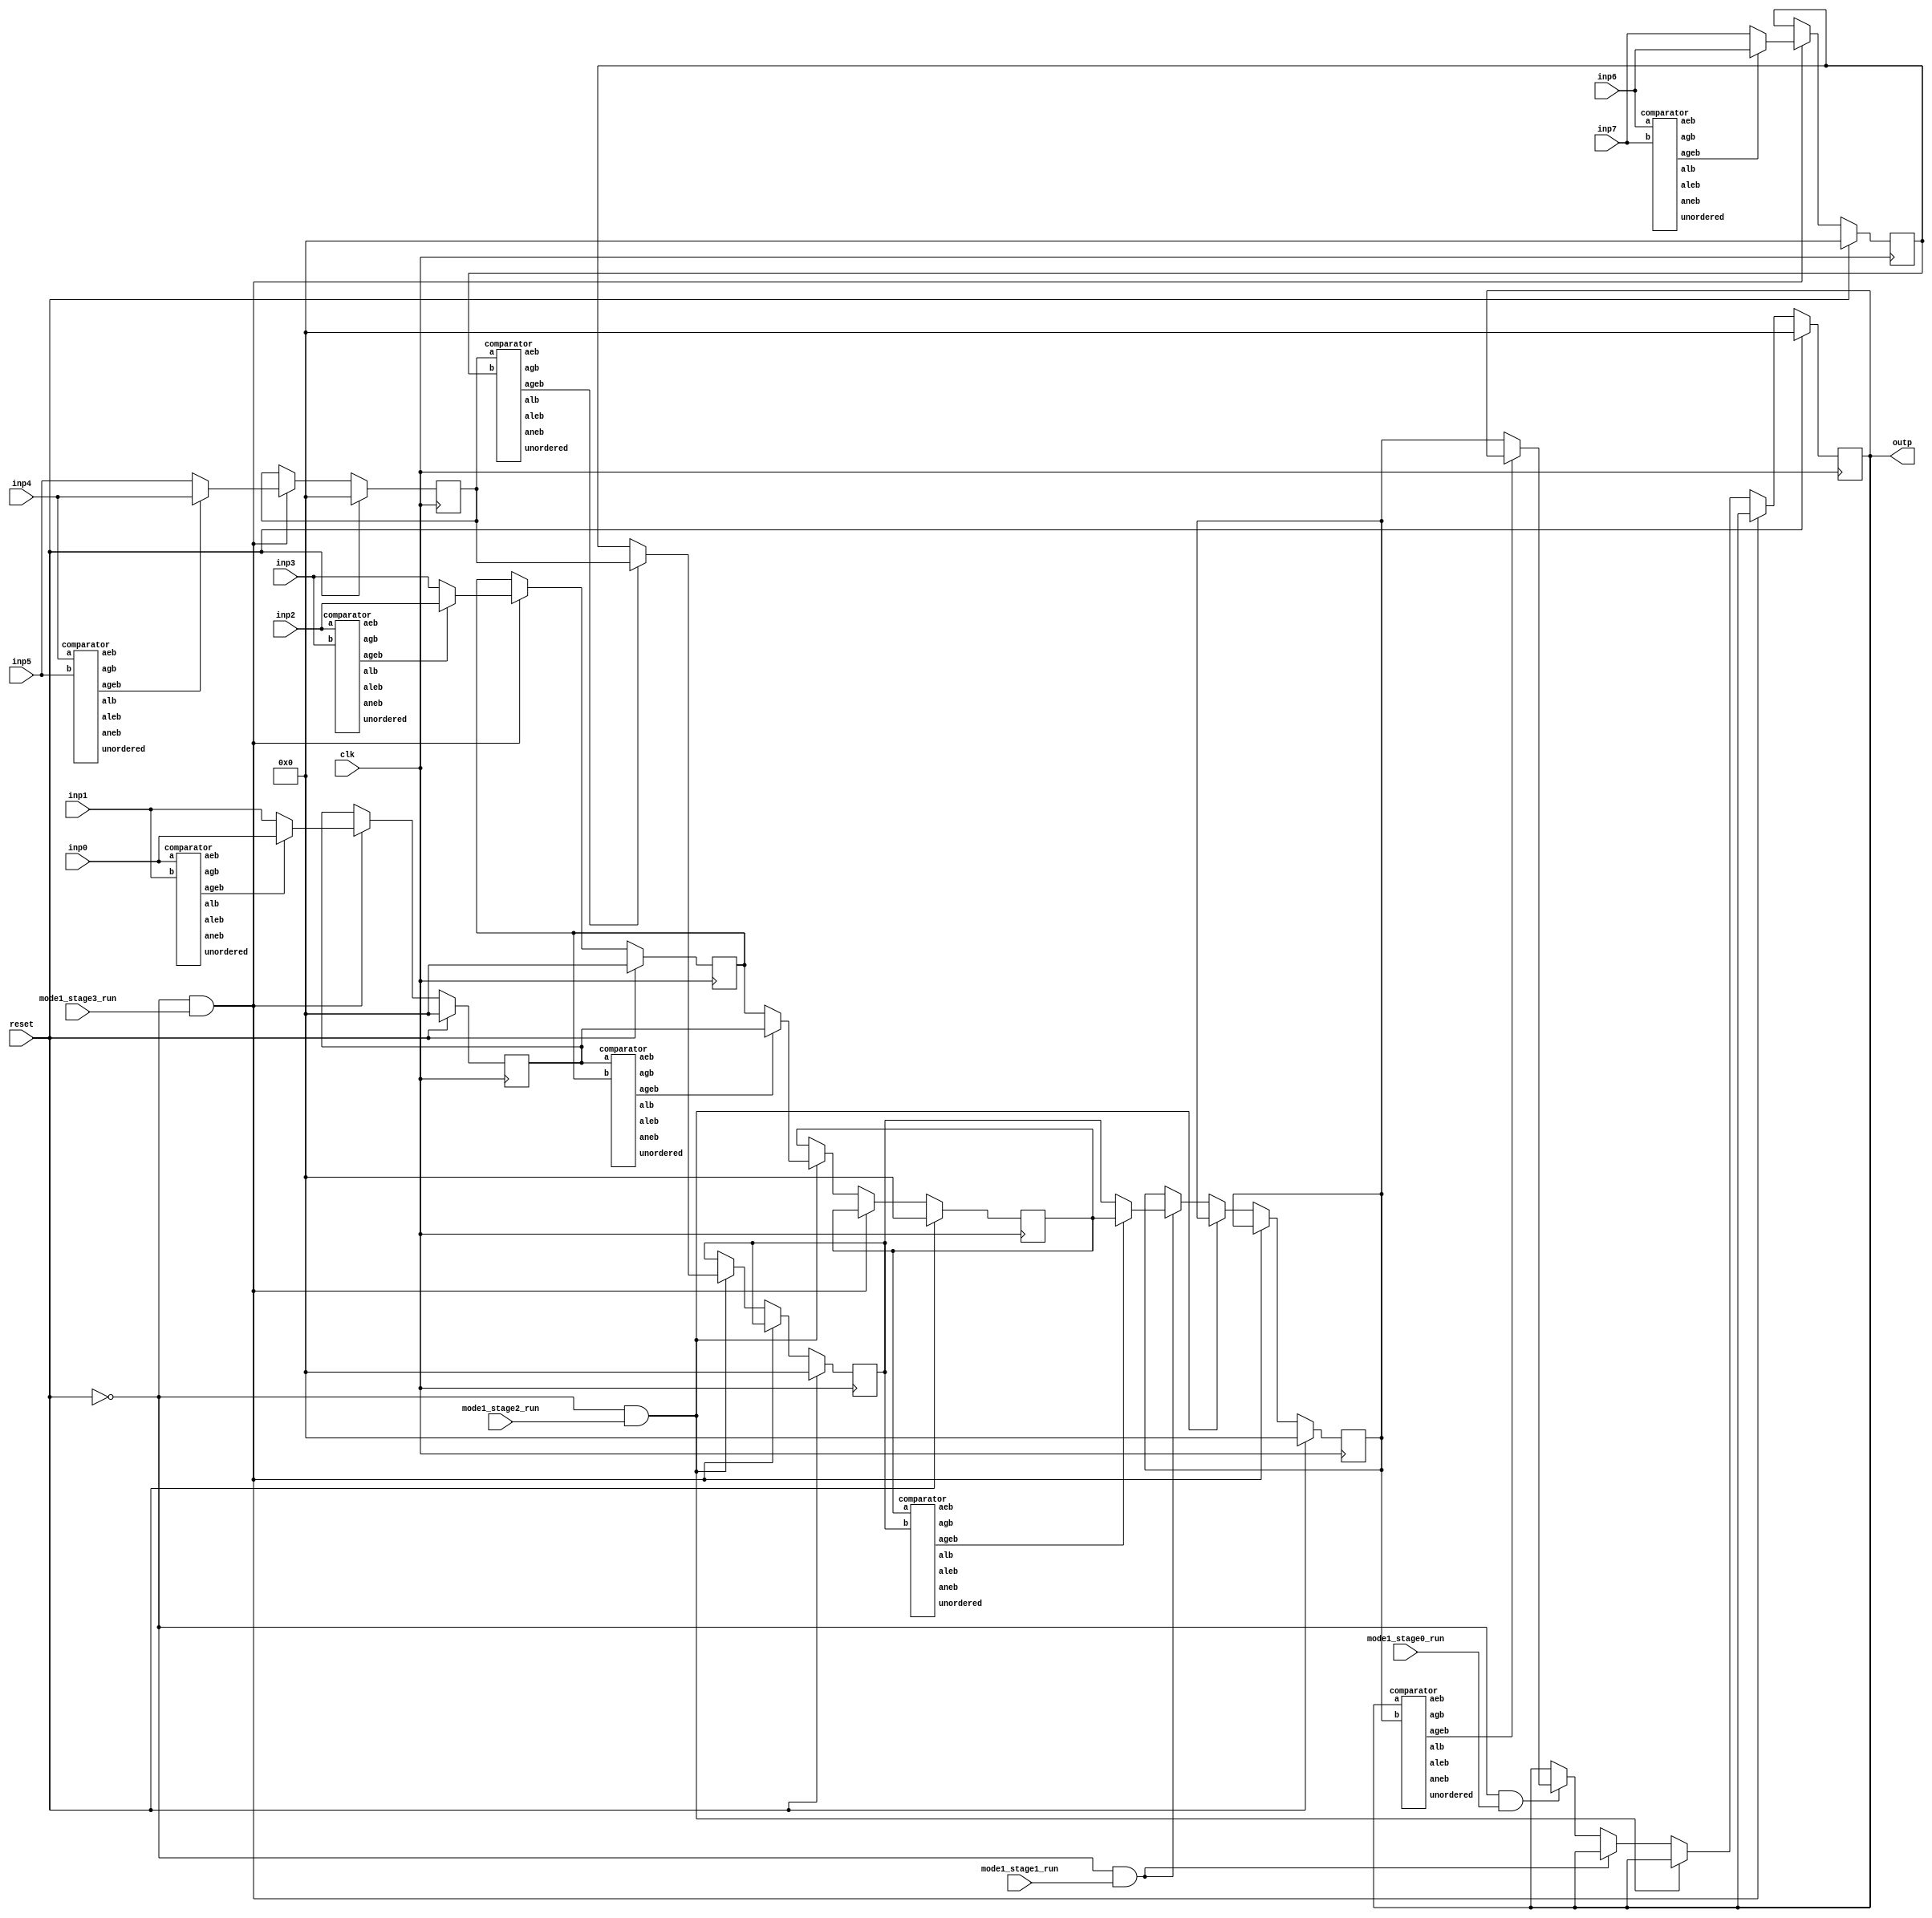
`define DEFINES_DONE
`define EXPONENT 5
`define MANTISSA 10
`define SIGN 1
`define DATAWIDTH (`SIGN+`EXPONENT+`MANTISSA)
`define IEEE_COMPLIANCE 1
`define NUM 8
`define ADDRSIZE 7
`define ADDRSIZE_FOR_TB 10
`define EXPONENT 5
`define MANTISSA 10
`define ACTUAL_MANTISSA 11
`define EXPONENT_LSB 10
`define EXPONENT_MSB 14
`define MANTISSA_LSB 0
`define MANTISSA_MSB 9
`define MANTISSA_MUL_SPLIT_LSB 3
`define MANTISSA_MUL_SPLIT_MSB 9
`define SIGN 1
`define SIGN_LOC 15
`define DWIDTH (`SIGN+`EXPONENT+`MANTISSA)
`define IEEE_COMPLIANCE 1
`define EXPONENT 5
`define MANTISSA 10
`define ACTUAL_MANTISSA 11
`define EXPONENT_LSB 10
`define EXPONENT_MSB 14
`define MANTISSA_LSB 0
`define MANTISSA_MSB 9
`define MANTISSA_MUL_SPLIT_LSB 3
`define MANTISSA_MUL_SPLIT_MSB 9
`define SIGN 1
`define SIGN_LOC 15
`define DWIDTH (`SIGN+`EXPONENT+`MANTISSA)
`define IEEE_COMPLIANCE 1
`define EXPONENT 5
`define MANTISSA 10
`define ACTUAL_MANTISSA 11
`define EXPONENT_LSB 10
`define EXPONENT_MSB 14
`define MANTISSA_LSB 0
`define MANTISSA_MSB 9
`define MANTISSA_MUL_SPLIT_LSB 3
`define MANTISSA_MUL_SPLIT_MSB 9
`define SIGN 1
`define SIGN_LOC 15
`define DWIDTH (`SIGN+`EXPONENT+`MANTISSA)
`define IEEE_COMPLIANCE 1

module mode1_max_tree(
  inp0, 
  inp1, 
  inp2, 
  inp3, 
  inp4, 
  inp5, 
  inp6, 
  inp7, 
  mode1_stage3_run,
  mode1_stage2_run,
  mode1_stage1_run,  
  mode1_stage0_run,
  clk,
  reset,
  outp,
);

  input  [`DATAWIDTH-1 : 0] inp0; 
  input  [`DATAWIDTH-1 : 0] inp1; 
  input  [`DATAWIDTH-1 : 0] inp2; 
  input  [`DATAWIDTH-1 : 0] inp3; 
  input  [`DATAWIDTH-1 : 0] inp4; 
  input  [`DATAWIDTH-1 : 0] inp5; 
  input  [`DATAWIDTH-1 : 0] inp6; 
  input  [`DATAWIDTH-1 : 0] inp7; 
  input mode1_stage3_run;
  input mode1_stage2_run;
  input mode1_stage1_run;
  input mode1_stage0_run;
  input clk;
  input reset;
  output [`DATAWIDTH-1 : 0] outp;

  reg    [`DATAWIDTH-1 : 0] outp;

  reg    [`DATAWIDTH-1 : 0] cmp0_out_stage3_reg;
  wire   [`DATAWIDTH-1 : 0] cmp0_out_stage3;
  reg    [`DATAWIDTH-1 : 0] cmp1_out_stage3_reg;
  wire   [`DATAWIDTH-1 : 0] cmp1_out_stage3;
  reg    [`DATAWIDTH-1 : 0] cmp2_out_stage3_reg;
  wire   [`DATAWIDTH-1 : 0] cmp2_out_stage3;
  reg    [`DATAWIDTH-1 : 0] cmp3_out_stage3_reg;
  wire   [`DATAWIDTH-1 : 0] cmp3_out_stage3;
  wire   [`DATAWIDTH-1 : 0] cmp0_out_stage2;
  wire   [`DATAWIDTH-1 : 0] cmp1_out_stage2;
  wire   [`DATAWIDTH-1 : 0] cmp0_out_stage1;
  wire   [`DATAWIDTH-1 : 0] cmp0_out_stage0;
  reg    [`DATAWIDTH-1 : 0] cmp1_out_stage2_reg;
  reg    [`DATAWIDTH-1 : 0] cmp0_out_stage2_reg;
  reg    [`DATAWIDTH-1 : 0] cmp0_out_stage1_reg;


  always @(posedge clk) begin
    if (reset) begin
      outp <= 0;
      cmp0_out_stage3_reg <= 0;
      cmp1_out_stage3_reg <= 0;
      cmp2_out_stage3_reg <= 0;
      cmp3_out_stage3_reg <= 0;
	  cmp0_out_stage2_reg <= 0;
      cmp1_out_stage2_reg <= 0;
	  cmp0_out_stage1_reg <= 0;
    end

    else if(~reset && mode1_stage3_run) begin
      cmp0_out_stage3_reg <= cmp0_out_stage3;
      cmp1_out_stage3_reg <= cmp1_out_stage3;
      cmp2_out_stage3_reg <= cmp2_out_stage3;
      cmp3_out_stage3_reg <= cmp3_out_stage3;
    end
	
	else if(~reset && mode1_stage2_run) begin
      cmp0_out_stage2_reg <= cmp0_out_stage2;
      cmp1_out_stage2_reg <= cmp1_out_stage2;
    end
	
	else if(~reset && mode1_stage1_run) begin
      cmp0_out_stage1_reg <= cmp0_out_stage1;
    end

    else if(~reset && mode1_stage0_run) begin
      outp <= cmp0_out_stage0;
    end

  end

wire cmp0_stage3_aeb;
wire cmp0_stage3_aneb;
wire cmp0_stage3_alb;
wire cmp0_stage3_aleb;
wire cmp0_stage3_agb;
wire cmp0_stage3_ageb;
wire cmp0_stage3_unordered;

wire cmp1_stage3_aeb;
wire cmp1_stage3_aneb;
wire cmp1_stage3_alb;
wire cmp1_stage3_aleb;
wire cmp1_stage3_agb;
wire cmp1_stage3_ageb;
wire cmp1_stage3_unordered;

wire cmp2_stage3_aeb;
wire cmp2_stage3_aneb;
wire cmp2_stage3_alb;
wire cmp2_stage3_aleb;
wire cmp2_stage3_agb;
wire cmp2_stage3_ageb;
wire cmp2_stage3_unordered;

wire cmp3_stage3_aeb;
wire cmp3_stage3_aneb;
wire cmp3_stage3_alb;
wire cmp3_stage3_aleb;
wire cmp3_stage3_agb;
wire cmp3_stage3_ageb;
wire cmp3_stage3_unordered;

wire cmp0_stage2_aeb;
wire cmp0_stage2_aneb;
wire cmp0_stage2_alb;
wire cmp0_stage2_aleb;
wire cmp0_stage2_agb;
wire cmp0_stage2_ageb;
wire cmp0_stage2_unordered;

wire cmp1_stage2_aeb;
wire cmp1_stage2_aneb;
wire cmp1_stage2_alb;
wire cmp1_stage2_aleb;
wire cmp1_stage2_agb;
wire cmp1_stage2_ageb;
wire cmp1_stage2_unordered;

wire cmp0_stage1_aeb;
wire cmp0_stage1_aneb;
wire cmp0_stage1_alb;
wire cmp0_stage1_aleb;
wire cmp0_stage1_agb;
wire cmp0_stage1_ageb;
wire cmp0_stage1_unordered;

wire cmp0_stage0_aeb;
wire cmp0_stage0_aneb;
wire cmp0_stage0_alb;
wire cmp0_stage0_aleb;
wire cmp0_stage0_agb;
wire cmp0_stage0_ageb;
wire cmp0_stage0_unordered;

//Stage3
comparator cmp0_stage3(.a(inp0),       .b(inp1),        .aeb(cmp0_stage3_aeb), .aneb(cmp0_stage3_aneb), .alb(cmp0_stage3_alb), .aleb(cmp0_stage3_aleb), .agb(cmp0_stage3_agb), .ageb(cmp0_stage3_ageb), .unordered(cmp0_stage3_unordered));
assign cmp0_out_stage3 = (cmp0_stage3_ageb==1'b1) ? inp0 : inp1;

comparator cmp1_stage3(.a(inp2),       .b(inp3),         .aeb(cmp1_stage3_aeb), .aneb(cmp1_stage3_aneb), .alb(cmp1_stage3_alb), .aleb(cmp1_stage3_aleb), .agb(cmp1_stage3_agb), .ageb(cmp1_stage3_ageb), .unordered(cmp1_stage3_unordered));   
assign cmp1_out_stage3 = (cmp1_stage3_ageb==1'b1) ? inp2 : inp3;

comparator cmp2_stage3(.a(inp4),       .b(inp5),         .aeb(cmp2_stage3_aeb), .aneb(cmp2_stage3_aneb), .alb(cmp2_stage3_alb), .aleb(cmp2_stage3_aleb), .agb(cmp2_stage3_agb), .ageb(cmp2_stage3_ageb), .unordered(cmp2_stage3_unordered));   
assign cmp2_out_stage3 = (cmp2_stage3_ageb==1'b1) ? inp4 : inp5;

comparator cmp3_stage3(.a(inp6),       .b(inp7),         .aeb(cmp3_stage3_aeb), .aneb(cmp3_stage3_aneb), .alb(cmp3_stage3_alb), .aleb(cmp3_stage3_aleb), .agb(cmp3_stage3_agb), .ageb(cmp3_stage3_ageb), .unordered(cmp3_stage3_unordered));   
assign cmp3_out_stage3 = (cmp3_stage3_ageb==1'b1) ? inp6 : inp7;

//Stage2
comparator cmp0_stage2(.a(cmp0_out_stage3_reg),       .b(cmp1_out_stage3_reg),        .aeb(cmp0_stage2_aeb), .aneb(cmp0_stage2_aneb), .alb(cmp0_stage2_alb), .aleb(cmp0_stage2_aleb), .agb(cmp0_stage2_agb), .ageb(cmp0_stage2_ageb), .unordered(cmp0_stage2_unordered));
assign cmp0_out_stage2 = (cmp0_stage2_ageb==1'b1) ? cmp0_out_stage3_reg : cmp1_out_stage3_reg;

comparator cmp1_stage2(.a(cmp2_out_stage3_reg),       .b(cmp3_out_stage3_reg),         .aeb(cmp1_stage2_aeb), .aneb(cmp1_stage2_aneb), .alb(cmp1_stage2_alb), .aleb(cmp1_stage2_aleb), .agb(cmp1_stage2_agb), .ageb(cmp1_stage2_ageb), .unordered(cmp1_stage2_unordered));   
assign cmp1_out_stage2 = (cmp1_stage2_ageb==1'b1) ? cmp2_out_stage3_reg : cmp3_out_stage3_reg;

//Stage1
comparator cmp0_stage1(.a(cmp0_out_stage2_reg),       .b(cmp1_out_stage2_reg),          .aeb(cmp0_stage1_aeb), .aneb(cmp0_stage1_aneb), .alb(cmp0_stage1_alb), .aleb(cmp0_stage1_aleb), .agb(cmp0_stage1_agb), .ageb(cmp0_stage1_ageb), .unordered(cmp0_stage1_unordered));
assign cmp0_out_stage1 = (cmp0_stage1_ageb==1'b1) ? cmp0_out_stage2_reg: cmp1_out_stage2_reg;

//Stage0
comparator cmp0_stage0(.a(outp),       .b(cmp0_out_stage1_reg),         .aeb(cmp0_stage0_aeb), .aneb(cmp0_stage0_aneb), .alb(cmp0_stage0_alb), .aleb(cmp0_stage0_aleb), .agb(cmp0_stage0_agb), .ageb(cmp0_stage0_ageb), .unordered(cmp0_stage0_unordered));
assign cmp0_out_stage0 = (cmp0_stage0_ageb==1'b1) ? outp : cmp0_out_stage1_reg;

//DW_fp_cmp #(`MANTISSA, `EXPONENT, `IEEE_COMPLIANCE) cmp0_stage3(.a(inp0),       .b(inp1),      .z1(cmp0_out_stage3), .zctr(1'b0), .aeqb(), .altb(), .agtb(), .unordered(), .z0(), .status0(), .status1());
//DW_fp_cmp #(`MANTISSA, `EXPONENT, `IEEE_COMPLIANCE) cmp1_stage3(.a(inp2),       .b(inp3),      .z1(cmp1_out_stage3), .zctr(1'b0), .aeqb(), .altb(), .agtb(), .unordered(), .z0(), .status0(), .status1());
//DW_fp_cmp #(`MANTISSA, `EXPONENT, `IEEE_COMPLIANCE) cmp2_stage3(.a(inp4),       .b(inp5),      .z1(cmp2_out_stage3), .zctr(1'b0), .aeqb(), .altb(), .agtb(), .unordered(), .z0(), .status0(), .status1());
//DW_fp_cmp #(`MANTISSA, `EXPONENT, `IEEE_COMPLIANCE) cmp3_stage3(.a(inp6),       .b(inp7),      .z1(cmp3_out_stage3), .zctr(1'b0), .aeqb(), .altb(), .agtb(), .unordered(), .z0(), .status0(), .status1());
//
//DW_fp_cmp #(`MANTISSA, `EXPONENT, `IEEE_COMPLIANCE) cmp0_stage2(.a(cmp0_out_stage3_reg),       .b(cmp1_out_stage3_reg),      .z1(cmp0_out_stage2), .zctr(1'b0), .aeqb(), .altb(), .agtb(), .unordered(), .z0(), .status0(), .status1());
//DW_fp_cmp #(`MANTISSA, `EXPONENT, `IEEE_COMPLIANCE) cmp1_stage2(.a(cmp2_out_stage3_reg),       .b(cmp3_out_stage3_reg),      .z1(cmp1_out_stage2), .zctr(1'b0), .aeqb(), .altb(), .agtb(), .unordered(), .z0(), .status0(), .status1());
//
//DW_fp_cmp #(`MANTISSA, `EXPONENT, `IEEE_COMPLIANCE) cmp0_stage1(.a(cmp0_out_stage2),       .b(cmp1_out_stage2),      .z1(cmp0_out_stage1), .zctr(1'b0), .aeqb(), .altb(), .agtb(), .unordered(), .z0(), .status0(), .status1());
//
//DW_fp_cmp #(`MANTISSA, `EXPONENT, `IEEE_COMPLIANCE) cmp0_stage0(.a(outp),       .b(cmp0_out_stage1),      .z1(cmp0_out_stage0), .zctr(1'b0), .aeqb(), .altb(), .agtb(), .unordered(), .z0(), .status0(), .status1());

endmodule
module comparator(
a,
b,
aeb,
aneb,
alb,
aleb,
agb,
ageb,
unordered
);
//Default for FP16
//parameter exp = 5;
//parameter man = 10;

input [15:0] a;
input [15:0] b;
output aeb;
output aneb;
output alb;
output aleb;
output agb;
output ageb;
output unordered;

wire [16:0] a_RecFN;
wire [16:0] b_RecFN;

//Convert to Recoded representation
fNToRecFN#(5,11) convert_a(.in(a), .out(a_RecFN));  
fNToRecFN#(5,11) convert_b(.in(b), .out(b_RecFN));  

wire [4:0] except_flags;
wire less_than;
wire equal;
wire greater_than;

wire signaling;
assign signaling = 1'b0;

//Actual conversion module
compareRecFN_Fp16 compare(
.a(a_RecFN),
.b(b_RecFN),
.signaling(signaling),
.lt(less_than),
.eq(equal),
.gt(greater_than),
.unordered(unordered),
.exceptionFlags(except_flags)
);


//Result flags
assign aeb = equal;
assign aneb = ~equal;
assign alb = less_than;
assign aleb = less_than | equal;
assign agb = greater_than;
assign ageb = greater_than | equal;

endmodule
module compareRecFN_Fp16(
  a,
  b,
  signaling,
  lt,
  eq,
  gt,
  unordered,
  exceptionFlags
  );
  //parameter expWidth = 5;
  //parameter sigWidth = 11;
  
  input [(5 + 11):0] a;
  input [(5 + 11):0] b;
  input signaling;
  output lt;
  output eq;
  output gt;
  output unordered;
  output [4:0] exceptionFlags;
   

    wire isNaNA, isInfA, isZeroA, signA;
    wire [(5 + 1):0] sExpA;
    wire [11:0] sigA;
    recFNToRawFN#(5, 11)  recFNToRawFN_a(
      .in(a), 
      .isNaN(isNaNA), 
      .isInf(isInfA), 
      .isZero(isZeroA), 
      .sign(signA), 
      .sExp(sExpA), 
      .sig(sigA)
      );
    wire isSigNaNA;
    isSigNaNRecFN#(5, 11) isSigNaN_a(.in(a), .isSigNaN(isSigNaNA));
    wire isNaNB, isInfB, isZeroB, signB;
    wire [(5 + 1):0] sExpB;
    wire [11:0] sigB;
    recFNToRawFN#(5, 11) recFNToRawFN_b(
      .in(b), 
      .isNaN(isNaNB), 
      .isInf(isInfB), 
      .isZero(isZeroB), 
      .sign(signB), 
      .sExp(sExpB), 
      .sig(sigB)
      );
    wire isSigNaNB;
    isSigNaNRecFN#(5, 11) isSigNaN_b(.in(b), .isSigNaN(isSigNaNB));
   
    wire ordered = !isNaNA && !isNaNB;
    wire bothInfs  = isInfA  && isInfB;
    wire bothZeros = isZeroA && isZeroB;
    wire eqExps = (sExpA == sExpB);
    wire common_ltMags = (sExpA < sExpB) || (eqExps && (sigA < sigB));
    wire common_eqMags = eqExps && (sigA == sigB);
    wire ordered_lt =
        !bothZeros
            && ((signA && !signB)
                    || (!bothInfs
                            && ((signA && !common_ltMags && !common_eqMags)
                                    || (!signB && common_ltMags))));
    wire ordered_eq =
        bothZeros || ((signA == signB) && (bothInfs || common_eqMags));
    
    
    wire invalid = isSigNaNA || isSigNaNB || (signaling && !ordered);
    assign lt = ordered && ordered_lt;
    assign eq = ordered && ordered_eq;
    assign gt = ordered && !ordered_lt && !ordered_eq;
    assign unordered = !ordered;
    assign exceptionFlags = {invalid, 4'b0};

endmodule
module  isSigNaNRecFN(in, isSigNaN);

  parameter expWidth = 3;
  parameter sigWidth = 3;
  
  input [(expWidth + sigWidth):0] in;
  output isSigNaN;

    wire isNaN =
        (in[(expWidth + sigWidth - 1):(expWidth + sigWidth - 3)] == 'b111);
    assign isSigNaN = isNaN && !in[sigWidth - 2];

endmodule
module recFNToRawFN(
  in,
  isNaN,
  isInf,
  isZero,
  sign,
  sExp,
  sig
  );
  
  parameter expWidth = 3;
  parameter sigWidth = 3;
  
  input [(expWidth + sigWidth):0] in;
  output isNaN;
  output isInf;
  output isZero;
  output sign;
  output [(expWidth + 1):0] sExp;
  output [sigWidth:0] sig;

    
    wire [expWidth:0] exp;
    wire [(sigWidth - 2):0] fract;
    assign {sign, exp, fract} = in;
    wire isSpecial = (exp>>(expWidth - 1) == 'b11);
    
    
    assign isNaN = isSpecial &&  exp[expWidth - 2];
    assign isInf = isSpecial && !exp[expWidth - 2];
    assign isZero = (exp>>(expWidth - 2) == 'b000);
    assign sExp = exp;
    assign sig = {1'b0, !isZero, fract};

endmodule
module fNToRecFN#(parameter expWidth = 3, parameter sigWidth = 3) (
        input [(expWidth + sigWidth - 1):0] in,
        output [(expWidth + sigWidth):0] out
    );

    //`include "HardFloat_localFuncs.vi"
    //localparam normDistWidth = clog2(sigWidth);
    localparam normDistWidth = 4; //Hardcoding for FP16

    wire sign;
    wire [(expWidth - 1):0] expIn;
    wire [(sigWidth - 2):0] fractIn;
    assign {sign, expIn, fractIn} = in;
    wire isZeroExpIn = (expIn == 0);
    wire isZeroFractIn = (fractIn == 0);
    
   
    wire [(normDistWidth - 1):0] normDist;
    //sigwidth = 11, normDistWidth=4
    countLeadingZerosfp16 #(sigWidth - 1, normDistWidth)  countLeadingZeros(.in(fractIn), .count(normDist)); 
    wire [(sigWidth - 2):0] subnormFract = (fractIn<<normDist)<<1;
    wire [expWidth:0] adjustedExp =
        (isZeroExpIn ? normDist ^ ((1<<(expWidth + 1)) - 1) : expIn)
            + ((1<<(expWidth - 1)) | (isZeroExpIn ? 2 : 1));
    wire isZero = isZeroExpIn && isZeroFractIn;
    wire isSpecial = (adjustedExp[expWidth:(expWidth - 1)] == 'b11);
    
   
    wire [expWidth:0] exp;
    assign exp[expWidth:(expWidth - 2)] =
        isSpecial ? {2'b11, !isZeroFractIn}
            : isZero ? 3'b000 : adjustedExp[expWidth:(expWidth - 2)];
    assign exp[(expWidth - 3):0] = adjustedExp;
    assign out = {sign, exp, isZeroExpIn ? subnormFract : fractIn};

endmodule
module countLeadingZerosfp16 #(parameter inWidth = 10, parameter countWidth = 4) (
    input [(inWidth - 1):0] in, output reg [(countWidth - 1):0] count
    );

  wire [(inWidth - 1):0] reverseIn;
  reverseFp16 reverse_in(in, reverseIn);
  wire [inWidth:0] oneLeastReverseIn =
      {1'b1, reverseIn} & ({1'b0, ~reverseIn} + 1);
		
  always@(*)
    begin
      if (oneLeastReverseIn[10] == 1)
        begin
          count = 4'd10;
        end
      else if (oneLeastReverseIn[9] == 1)
        begin
          count = 4'd9;
        end
      else if (oneLeastReverseIn[8] == 1)
        begin
          count= 4'd8;
        end
      else if (oneLeastReverseIn[7] == 1)
        begin
          count = 4'd7;
        end
      else if (oneLeastReverseIn[6] == 1)
        begin
          count = 4'd6;
        end
      else if (oneLeastReverseIn[5] == 1)
        begin
          count = 4'd5;
        end
      else if (oneLeastReverseIn[4] == 1)
        begin
          count = 4'd4;
        end
      else if (oneLeastReverseIn[3] == 1)
        begin
          count = 4'd3;
        end
      else if (oneLeastReverseIn[2] == 1)
        begin
          count = 4'd2;
        end
      else if (oneLeastReverseIn[1] == 1)
        begin
          count = 4'd1;
        end
      else
        begin
          count = 4'd0;
        end
      end

endmodule
module reverseFp16 (input [9:0] in, output [9:0] out);

   assign out[0] = in[9];
   assign out[1] = in[8];
   assign out[2] = in[7];
   assign out[3] = in[6];
   assign out[4] = in[5];
   assign out[5] = in[4];
   assign out[6] = in[3];
   assign out[7] = in[2];
   assign out[8] = in[1];
   assign out[9] = in[0];
   // genvar ix;
   // generate
   //     for (ix = 0; ix < width; ix = ix + 1) begin :Bit
   //         assign out[ix] = in[width - 1 - ix];
   //     end
   // endgenerate

endmodule